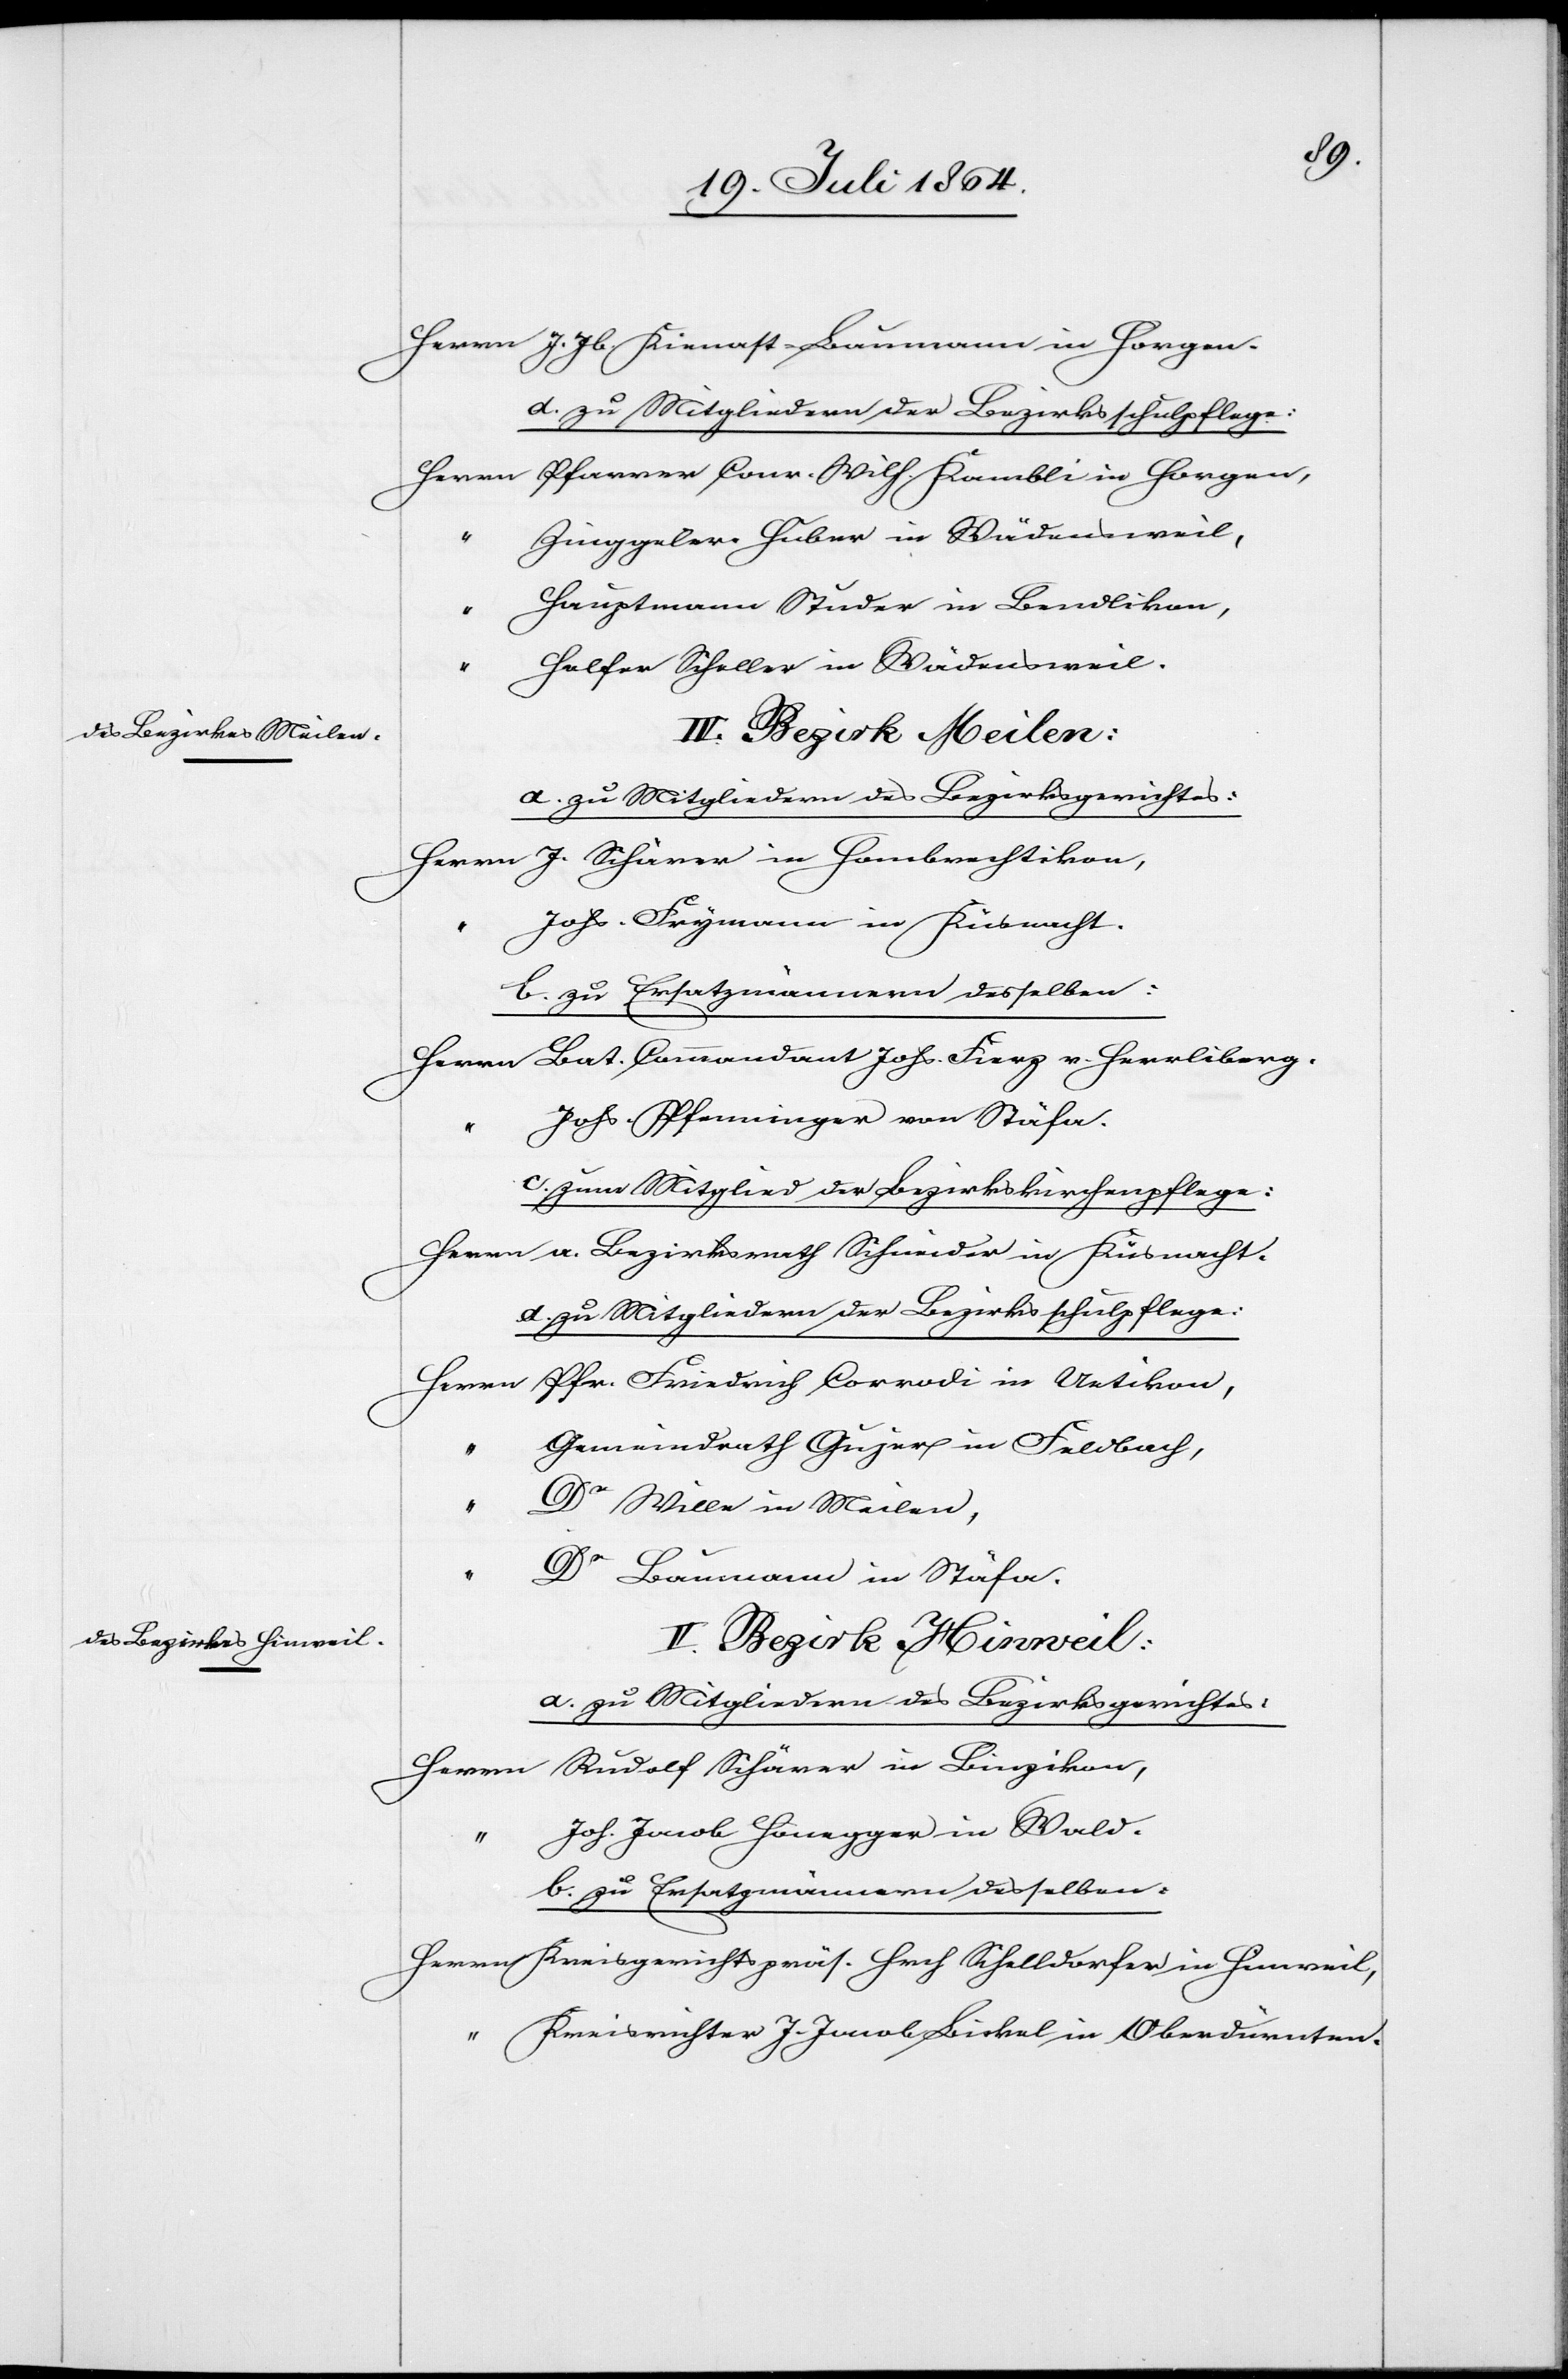
Herrn	J. Jb. Kienast-Baumann in Horgen.
d. zu Mitgliedern der Bezirksschulpflege:
n	Pfarrer Conr. Wilh. Kambli in Horgen,
Herr¬
“		Zinggeler Huber in Wädensweil,
“		Hauptmann Studer in Bendlikon,
“		Helfer Scheller in Wädensweil.
IV. Bezirk Meilen:
a. zu Mitgliedern des Bezirksgerichtes:
Herrn	J. Schärer in Hombrechtikon,
“		Johs. Frymann in Küsnacht.
b. zu Ersatzmännern desselben:
Herrn	Bat. Commandant Johs. Fierz v. Herrliberg.
“		Johs. Pfenninger von Stäfa.
c. zum Mitglied der Bezirkskirchenpflege:
Herrn	a. Bezirksrath Schneider in Küsnacht.
d. zu Mitgliedern der Bezirksschulpflege:
Herrn	Pfr. Friedrich Corrodi in Uetikon,
“		Gemeindrath Gujer in Feldbach,
Wille in Meilen,
Baumann in Stäfa.
V. Bezirk Hinweil:
a. zu Mitgliedern des Bezirksgerichtes:
Herrn	Rudolf Schärer in Binzikon,
“		Joh. Jacob Honegger in Wald.
Herrn	Kreisgerichtspräs. Hrch Schelldorfer in Hinweil
“		Kreisrichter J. Jacob Bickel in Oberdürnten.